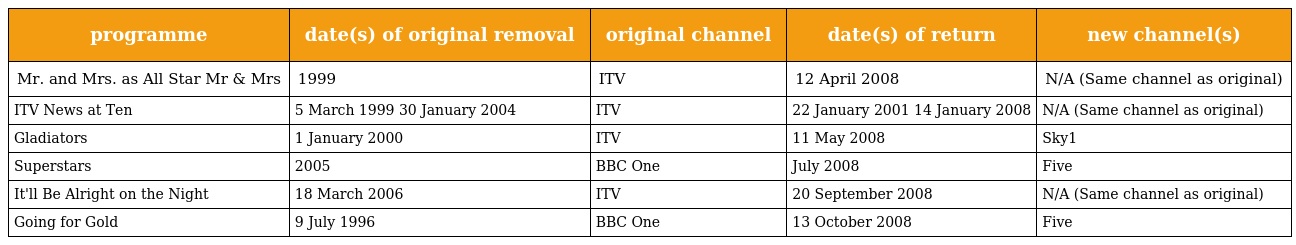
| programme | date(s) of original removal | original channel | date(s) of return | new channel(s) |
 | --- | --- | --- | --- | --- |
 | Mr. and Mrs. as All Star Mr & Mrs | 1999 | ITV | 12 April 2008 | N/A (Same channel as original) |
 | ITV News at Ten | 5 March 1999 30 January 2004 | ITV | 22 January 2001 14 January 2008 | N/A (Same channel as original) |
 | Gladiators | 1 January 2000 | ITV | 11 May 2008 | Sky1 |
 | Superstars | 2005 | BBC One | July 2008 | Five |
 | It'll Be Alright on the Night | 18 March 2006 | ITV | 20 September 2008 | N/A (Same channel as original) |
 | Going for Gold | 9 July 1996 | BBC One | 13 October 2008 | Five |